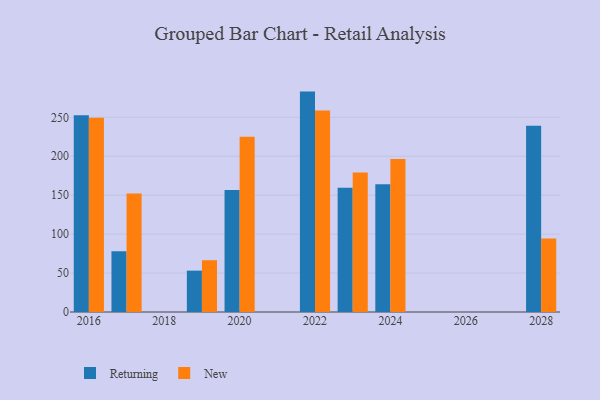
{"axis": {"x": "Year", "y": "Customer Acquisition Cost (USD)"}, "legend": ["New", "Returning"], "data": [{"x": "2028", "y": 239.2, "type": "Returning"}, {"x": "2028", "y": 94.4, "type": "New"}, {"x": "2020", "y": 156.8, "type": "Returning"}, {"x": "2020", "y": 225.0, "type": "New"}, {"x": "2016", "y": 252.5, "type": "Returning"}, {"x": "2016", "y": 249.4, "type": "New"}, {"x": "2023", "y": 159.6, "type": "Returning"}, {"x": "2023", "y": 179.1, "type": "New"}, {"x": "2022", "y": 283.0, "type": "Returning"}, {"x": "2022", "y": 258.7, "type": "New"}, {"x": "2017", "y": 78.0, "type": "Returning"}, {"x": "2017", "y": 152.0, "type": "New"}, {"x": "2019", "y": 53.1, "type": "Returning"}, {"x": "2019", "y": 66.5, "type": "New"}, {"x": "2024", "y": 163.9, "type": "Returning"}, {"x": "2024", "y": 196.4, "type": "New"}]}